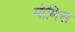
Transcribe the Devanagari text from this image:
मोमिस